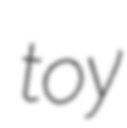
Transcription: toy